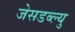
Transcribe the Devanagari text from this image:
जेसडब्ल्यु